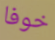
خوفا